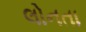
લોનતા